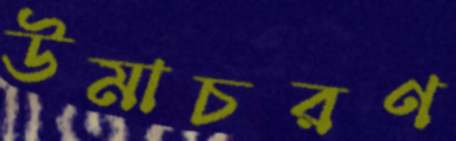
উমাচরণ